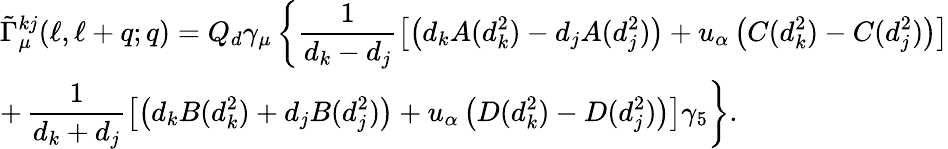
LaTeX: \begin{array}{l}{{\displaystyle\tilde{\Gamma}_{\mu}^{kj}(\ell,\ell+q;q)=Q_{d}\gamma_{\mu}\left\{ \frac{1}{d_{k}-d_{j}}\left[\left(d_{k}A(d_{k}^{2})-d_{j}A(d_{j}^{2})\right)+u_{\alpha}\left(C(d_{k}^{2})-C(d_{j}^{2})\right)\right]\right.}}\\ {{\displaystyle+\left.\frac{1}{d_{k}+d_{j}}\left[\left(d_{k}B(d_{k}^{2})+d_{j}B(d_{j}^{2})\right)+u_{\alpha}\left(D(d_{k}^{2})-D(d_{j}^{2})\right)\right]\gamma_{5}\right\} .}}\end{array}